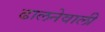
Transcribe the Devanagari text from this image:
ढालनेवाली